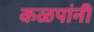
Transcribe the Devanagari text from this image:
कळपांनी